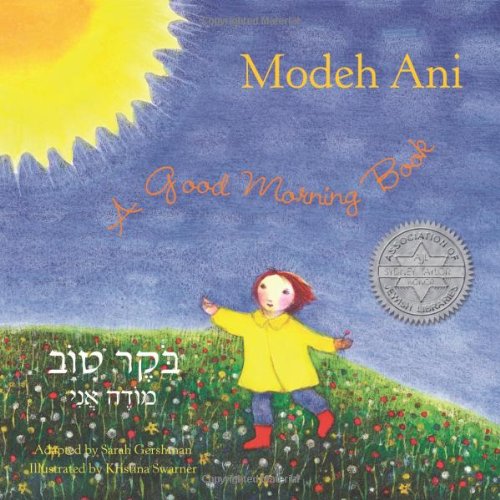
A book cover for Modeh Ani: A Good Morning Book (Hebrew Edition); Sarah Gershman; Children's Books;